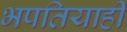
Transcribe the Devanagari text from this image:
भपतियाही